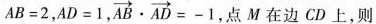
$$A B = 2$$，$$A D = 1$$， $$\overrightarrow { A B } \cdot \overrightarrow { A D } = - 1$$ 点 M 在边 CD 上，则